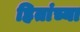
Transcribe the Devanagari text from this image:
हितांच्या